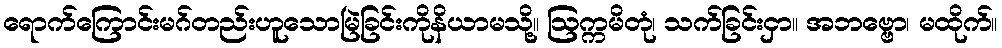
ရောက်ကြောင်းမဂ်တည်းဟူသောမြဲခြင်းကိုနိယာမသို့။ ဩက္ကမိတုံ၊ သက်ခြင်းငှာ။ အဘဗ္ဗော၊ မထိုက်။